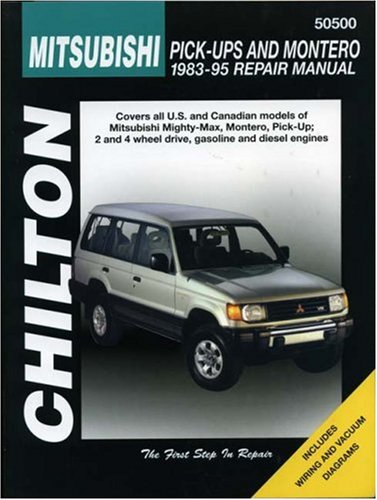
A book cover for Mitsubishi Pick-ups and Montero, 1983-95 (Haynes Repair Manuals); Chilton; Engineering & Transportation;